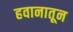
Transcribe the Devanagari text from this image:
हवानातून